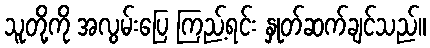
သူတို့ကို အလွမ်းပြေ ကြည့်ရင်း နှုတ်ဆက်ချင်သည်။